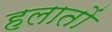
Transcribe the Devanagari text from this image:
हलातों